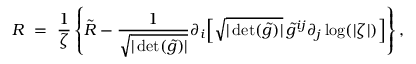
R \ = \ \frac { 1 } { \zeta } \left\{ \tilde { R } - \frac { 1 } { \sqrt { | \operatorname* { d e t } ( \tilde { g } ) | } } \partial _ { i } \Big [ \sqrt { | \operatorname* { d e t } ( \tilde { g } ) | } \, \tilde { g } ^ { i j } \partial _ { j } \log ( | \zeta | ) \Big ] \right\} ,